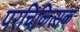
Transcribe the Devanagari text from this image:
परचिकित्सक